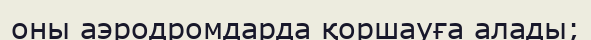
оны аэродромдарда қоршауға алады;